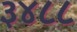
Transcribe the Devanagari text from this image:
३४८८